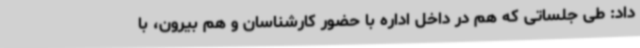
داد: طی جلساتی که هم در داخل اداره با حضور کارشناسان و هم بیرون، با